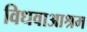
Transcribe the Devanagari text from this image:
विधवाआश्रम